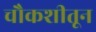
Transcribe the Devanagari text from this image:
चौकशीतून